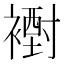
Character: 𧝪